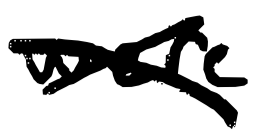
Text: were
Cross-out: cross
Writing tool: digital_black